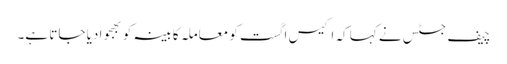
چیف جسٹس نے کہا کہ اکیس اگست کو معاملہ کابینہ کو بھجوا دیا جاتا ہے۔